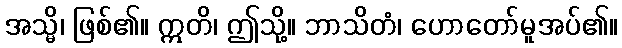
အသ္မိ၊ ဖြစ်၏။ ဣတိ၊ ဤသို့။ ဘာသိတံ၊ ဟောတော်မူအပ်၏။